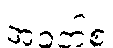
အဝတ်စ